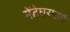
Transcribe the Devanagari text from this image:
मेंढेघरमार्गे